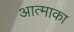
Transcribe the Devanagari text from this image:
आत्माका